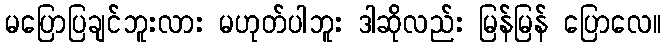
မပြောပြချင်ဘူးလား မဟုတ်ပါဘူး ဒါဆိုလည်း မြန်မြန် ပြောလေ။